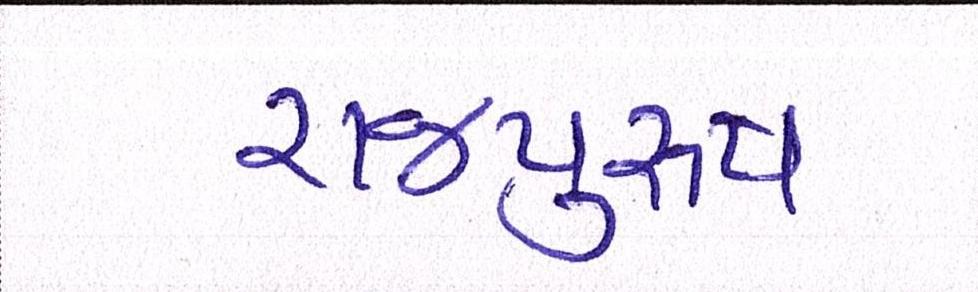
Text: રાજપુરુષ